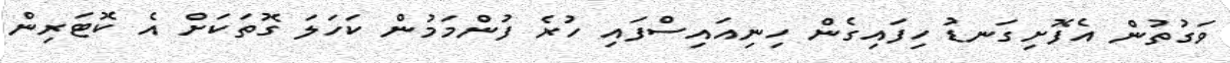
ވަގުތުން އެފޮށިގަނޑު ހިފައިގެން ހިނިއައިސްފައި ހުރެ ފުންމަމުން ކަހަލަ ގޮތަކަށް އެ ކޮޓަރިން